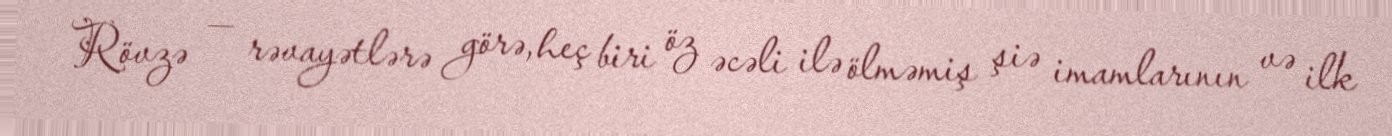
Rövzə — rəvayətlərə görə, heç biri öz əcəli ilə ölməmiş şiə imamlarının və ilk